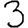
Digit: 3